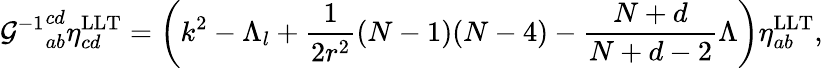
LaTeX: {{\cal G}^{-1}}_{ab}^{cd}\eta_{cd}^{\mathrm{LLT}}=\left(k^{2}-\Lambda_{l}+\frac{1}{2r^{2}}(N-1)(N-4)-\frac{N+d}{N+d-2}\Lambda\right)\eta_{ab}^{\mathrm{LLT}},